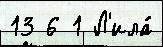
13 6 1 Л'ила́